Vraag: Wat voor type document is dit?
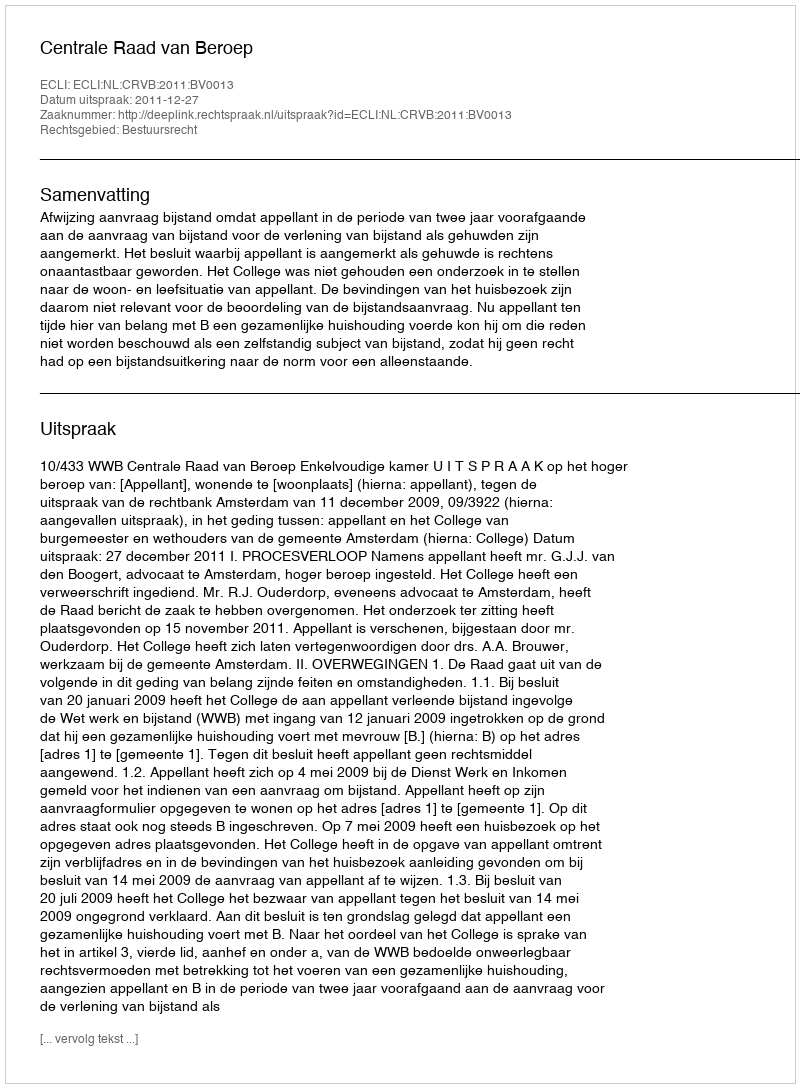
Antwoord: Uitspraak